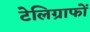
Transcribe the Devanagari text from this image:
टेलिग्राफों